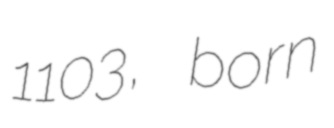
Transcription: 1103, born